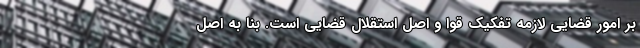
بر امور قضایی لازمه تفکیک قوا و اصل استقلال قضایی است. بنا به اصل